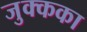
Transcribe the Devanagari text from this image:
जुक्कका